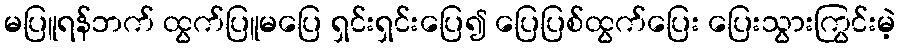
မပြူရန်ဘက် ထွက်ပြူမပြေ ရှင်းရှင်းပြေ၍ ပြေပြစ်ထွက်ပြေး ပြေးသွားကြွင်းမဲ့